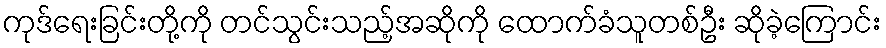
ကုဒ်ရေးခြင်းတို့ကို တင်သွင်းသည့်အဆိုကို ထောက်ခံသူတစ်ဦး ဆိုခဲ့ကြောင်း